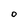
Character: O